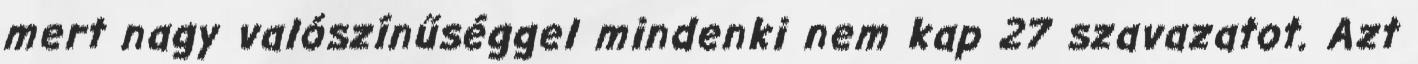
mert nagy valószínűséggel mindenki nem kap 27 szavazatot. Azt